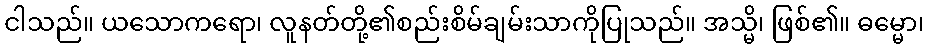
ငါသည်။ ယသောကရော၊ လူနတ်တို့၏စည်းစိမ်ချမ်းသာကိုပြုသည်။ အသ္မိ၊ ဖြစ်၏။ ဓမ္မော၊